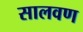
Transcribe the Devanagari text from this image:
सालवण